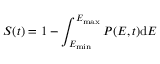
S ( t ) = 1 - \int _ { E _ { \mathrm { m i n } } } ^ { E _ { \mathrm { m a x } } } P ( E , t ) \mathrm { d } E